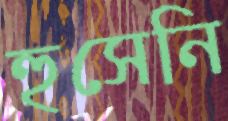
হুসেনি